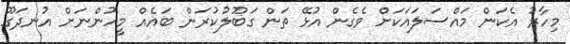
މިހާރު އެކަން މައްސަލައަކަށް ވެގެން އުޅޭ ތަން ގަބޫލުކުރަން ބައެއް މީހުންނަށް އުނދަގޫ